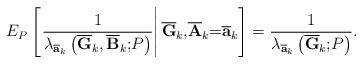
LaTeX: \begin{align*}E_{P}\left[ \left. \frac{1}{\lambda _{\overline{\mathbf{a}}_{k}}\left( \overline{\mathbf{G}}_{k},\overline{\mathbf{B}}_{k}\mathbf{;}P\right) }\right\vert \overline{\mathbf{G}}_{k}\mathbf{,}\overline{\mathbf{A}}_{k}\mathbf{=}\overline{\mathbf{a}}_{k}\right] =\frac{1}{\lambda _{\overline{\mathbf{a}}_{k}}\left( \overline{\mathbf{G}}_{k}\mathbf{;}P\right) }.\end{align*}